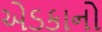
એડકાનો